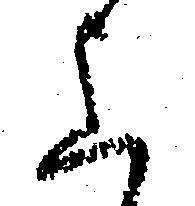
上